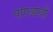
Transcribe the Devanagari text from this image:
पाण्डावों